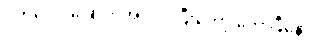
ဝက်ပေါင်ခြောက်အလိပ်၊ပြီးတော့ ကော်ဖီနော်။